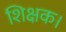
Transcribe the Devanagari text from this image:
शिक्षक।